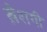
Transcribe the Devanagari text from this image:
ख़ैशगी